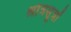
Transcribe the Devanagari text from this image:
श्रोत्रसूत्रों